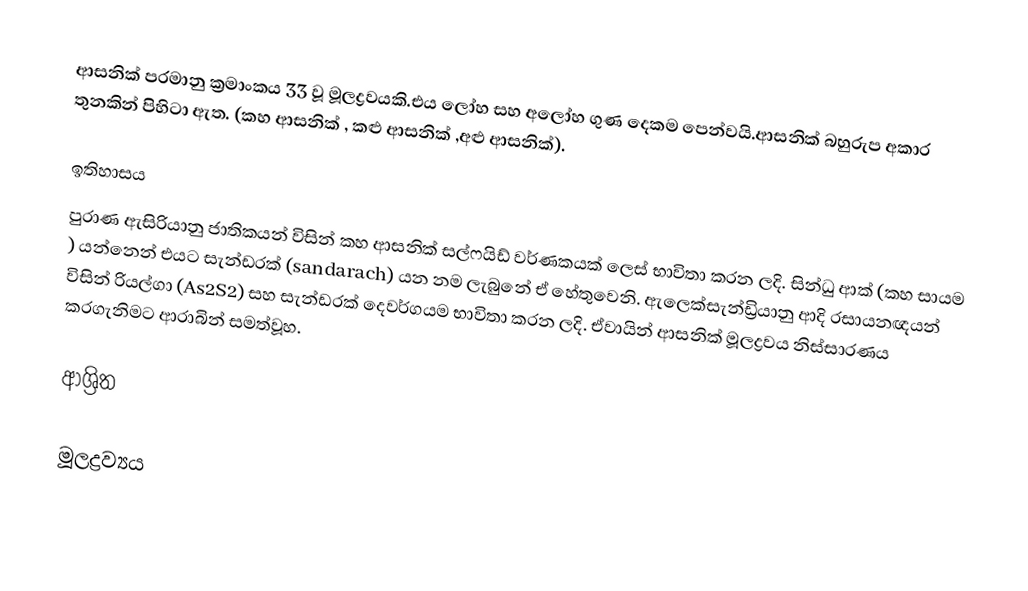
ආසනික් පරමානු ක්‍රමාංකය 33 වූ  මූලද්‍රවයකි.එය ලෝහ සහ අලෝහ ගුණ දෙකම පෙන්වයි.ආසනික් බහුරුප අකාර තුනකින් පිහිටා ඇත.  (කහ ආසනික් , කළු ආසනික් ,අළු ආසනික්).

ඉතිහාසය
පුරාණ ඇසිරියානු ජාතිකයන් විසින් කහ ආසනික් සල්ෆයිඩ් වර්ණකයක් ලෙස්  භාවිතා කරන ලදි.  සින්ධු ආක්   (කහ සායම ) යන්නෙන් එයට   සැන්ඩරක් (sandarach) යන නම ලැබුනේ ඒ හේතුවෙනි.  ඇලෙක්සැන්ඩ්‍රියානු ආදි  රසායනඥයන් විසින් රියල්ගා (As2S2) සහ සැන්ඩරක්  දෙවර්ගයම භාවිතා කරන ලදි. ඒවායින් ආසනික් මූලද්‍රවය නිස්සාරණය කරගැනිමට ආරාබින් සමත්වූහ.

ආශ්‍රිත

මූලද්‍රව්‍යය